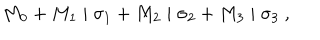
M _ { 0 } + M _ { 1 } \mid \sigma _ { 1 } + M _ { 2 } \mid \sigma _ { 2 } + M _ { 3 } \mid \sigma _ { 3 } ~ ,